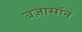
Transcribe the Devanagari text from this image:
बज़ासॉन